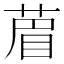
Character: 葿